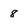
Character: 8